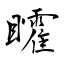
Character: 矐